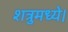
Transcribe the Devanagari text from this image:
शत्रुमध्ये।